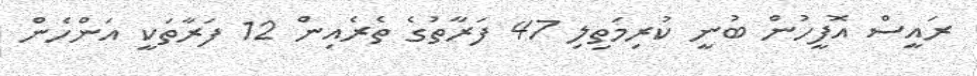
ރައީސް އޮފީހުން ބުނީ ކުރިމަތިލި 47 ފަރާތުގެ ތެރެއިން 12 ފަރާތަކީ އަންހެން